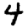
Digit: 4